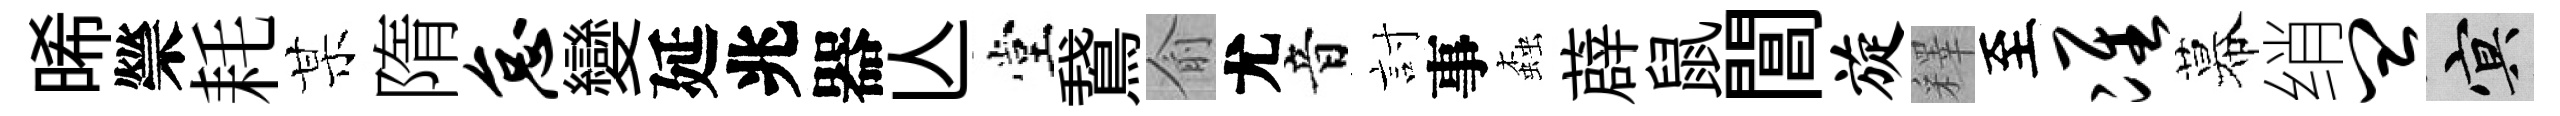
晞禜耗某隋怠變延兆器亾堂鵞俞尤音討事螙薜鼠閶旋釋至准幕绡皿冥